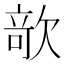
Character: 𣣱